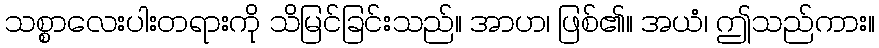
သစ္စာလေးပါးတရားကို သိမြင်ခြင်းသည်။ အာဟ၊ ဖြစ်၏။ အယံ၊ ဤသည်ကား။